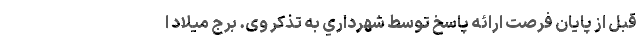
قبل از پايان فرصت ارائه پاسخ توسط شهرداري به تذکر وی. برج میلاد ا